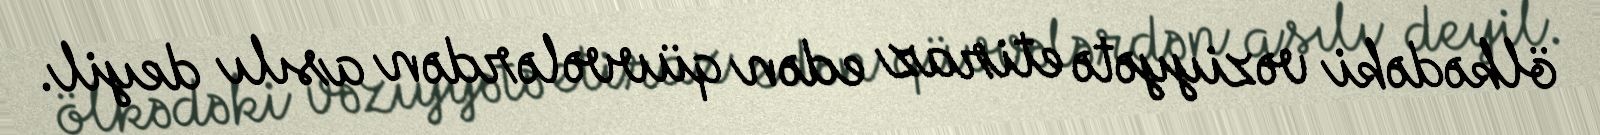
ölkədəki vəziyyətə etiraz edən qüvvələrdən asılı deyil.